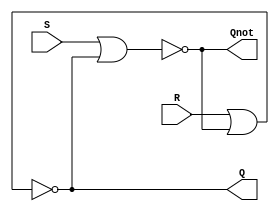
module SR_latch(Q,Qnot,S,R);

output Q;
output Qnot;

input R;
input S;

nor #1 A(Qnot, S, Q);
nor #1 B(Q, R, Qnot);

endmodule

module D_latch(Q, Qnot, D, G);

input D;
input G;

output Q;
output Qnot;

wire s;
wire r;
wire Dnot;

not(Dnot, D);
and(s, D, G);
and(r, Dnot, G);

SR_latch myLatch(Q, Qnot, s, r);

endmodule


module dff_S(Q, Qnot, D, Reset, clk);

input D;
input clk;
input Reset;

output Q;
output Qnot;

wire Qmid;
wire Qnotmid;

wire Rnot;
wire DnRnot;
wire clknot;

not(clknot, clk);
not(Rnot, Reset);
and(DnRnot, Rnot, D);

D_latch master(Qmid, Qnotmid, DnRnot, clknot);

D_latch slave(Q, Qnot, Qmid, clk);

endmodule